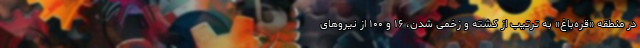
در منطقه «قره‌باغ» به ترتیب از کشته و زخمی شدن، ۱۶ و ۱۰۰ از نیروهای